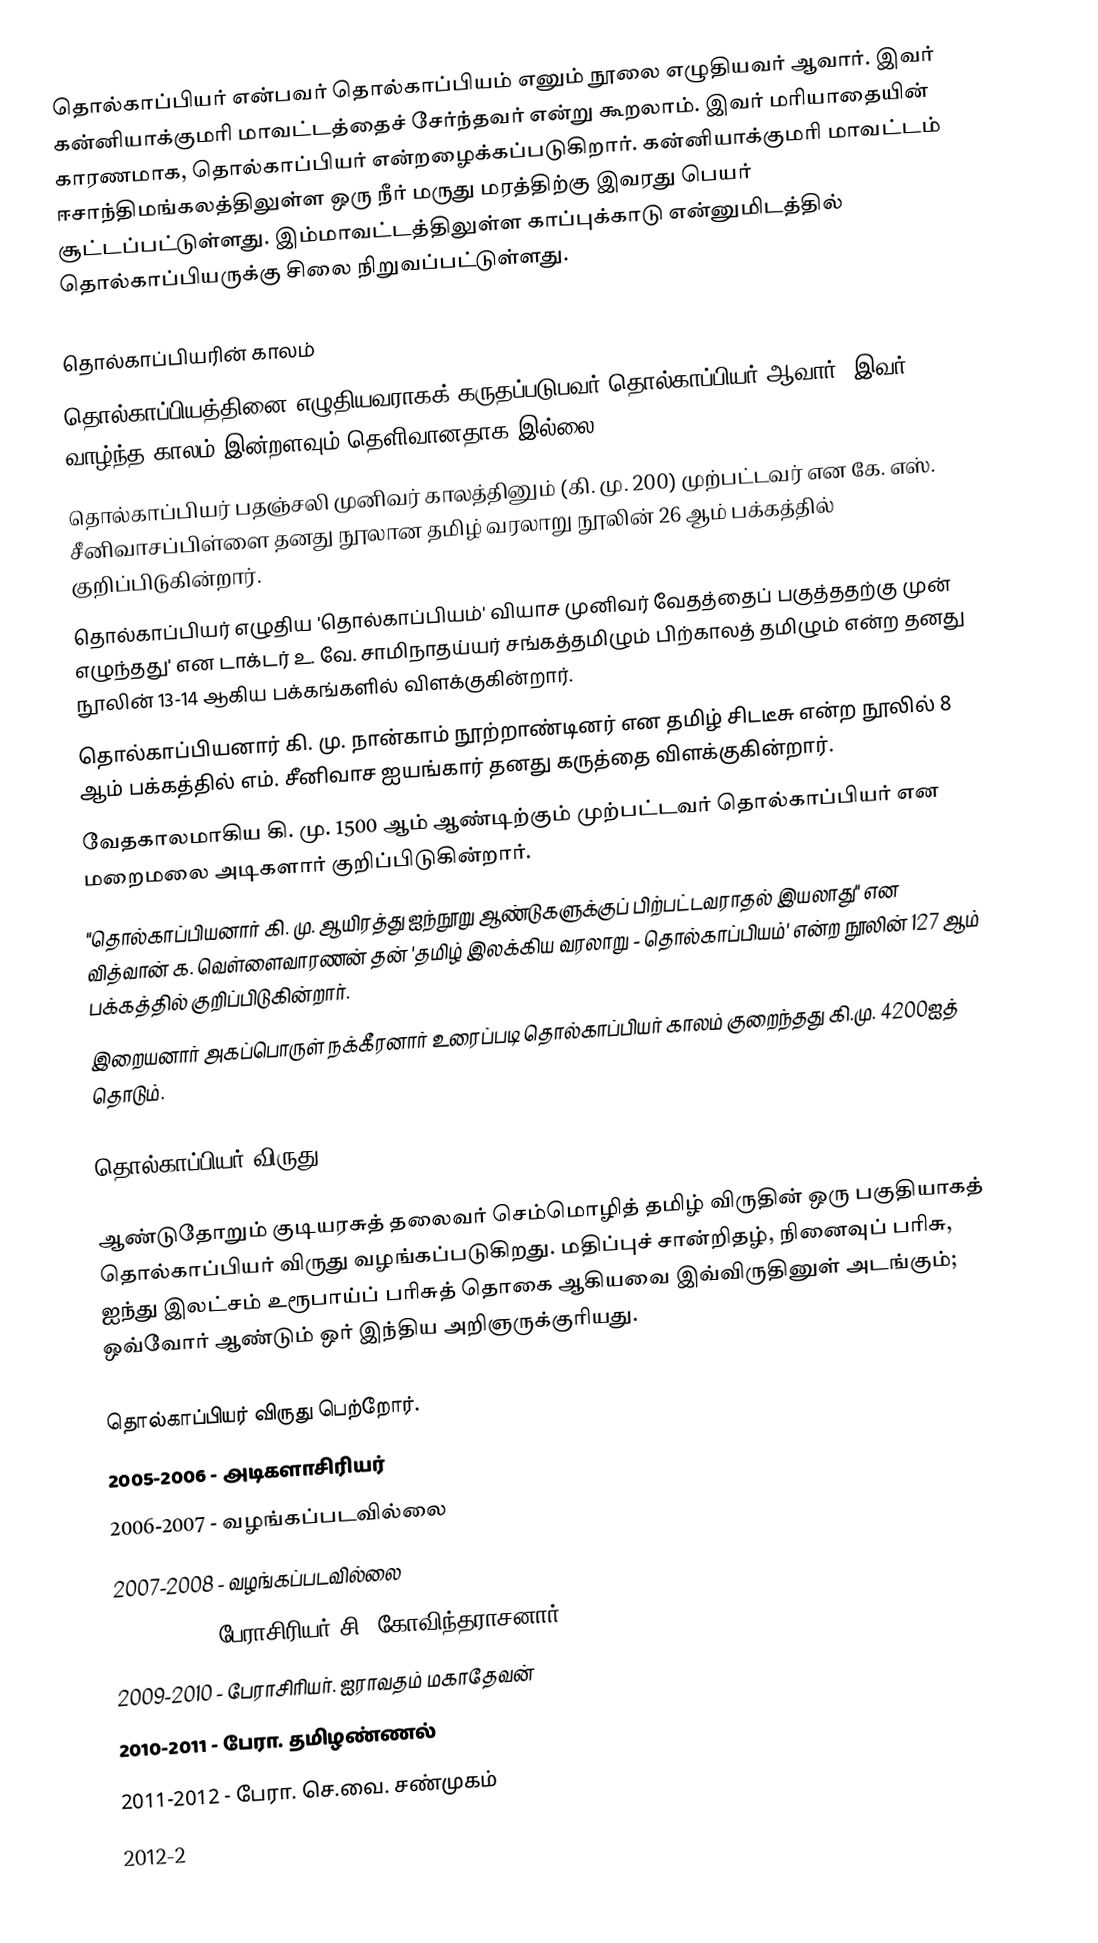
தொல்காப்பியர் என்பவர் தொல்காப்பியம் எனும் நூலை எழுதியவர் ஆவார். இவர் கன்னியாக்குமரி மாவட்டத்தைச் சேர்ந்தவர் என்று கூறலாம். இவர் மரியாதையின் காரணமாக, தொல்காப்பியர் என்றழைக்கப்படுகிறார். கன்னியாக்குமரி மாவட்டம் ஈசாந்திமங்கலத்திலுள்ள ஒரு நீர் மருது மரத்திற்கு இவரது பெயர் சூட்டப்பட்டுள்ளது. இம்மாவட்டத்திலுள்ள காப்புக்காடு என்னுமிடத்தில் தொல்காப்பியருக்கு சிலை நிறுவப்பட்டுள்ளது.

தொல்காப்பியரின் காலம்
தொல்காப்பியத்தினை எழுதியவராகக் கருதப்படுபவர் தொல்காப்பியர் ஆவார். இவர் வாழ்ந்த காலம் இன்றளவும் தெளிவானதாக இல்லை.
 தொல்காப்பியர் பதஞ்சலி முனிவர் காலத்தினும் (கி. மு. 200) முற்பட்டவர் என கே. எஸ். சீனிவாசப்பிள்ளை தனது நூலான தமிழ் வரலாறு நூலின் 26 ஆம் பக்கத்தில் குறிப்பிடுகின்றார்.
 தொல்காப்பியர் எழுதிய 'தொல்காப்பியம்' வியாச முனிவர் வேதத்தைப் பகுத்ததற்கு முன் எழுந்தது' என டாக்டர் உ. வே. சாமிநாதய்யர் சங்கத்தமிழும் பிற்காலத் தமிழும் என்ற தனது நூலின் 13-14 ஆகிய பக்கங்களில் விளக்குகின்றார்.
 தொல்காப்பியனார் கி. மு. நான்காம் நூற்றாண்டினர் என  தமிழ் சிடடீசு என்ற நூலில் 8 ஆம் பக்கத்தில் எம். சீனிவாச ஐயங்கார் தனது கருத்தை விளக்குகின்றார்.
 வேதகாலமாகிய கி. மு. 1500 ஆம் ஆண்டிற்கும் முற்பட்டவர் தொல்காப்பியர் என மறைமலை அடிகளார் குறிப்பிடுகின்றார்.
 "தொல்காப்பியனார் கி. மு. ஆயிரத்து ஐந்நூறு ஆண்டுகளுக்குப் பிற்பட்டவராதல் இயலாது" என வித்வான் க. வெள்ளைவாரணன் தன் 'தமிழ் இலக்கிய வரலாறு -  தொல்காப்பியம்' என்ற நூலின் 127 ஆம் பக்கத்தில் குறிப்பிடுகின்றார்.
 இறையனார் அகப்பொருள் நக்கீரனார் உரைப்படி தொல்காப்பியர் காலம் குறைந்தது கி.மு. 4200ஐத் தொடும்.

தொல்காப்பியர் விருது

ஆண்டுதோறும் குடியரசுத் தலைவர் செம்மொழித் தமிழ் விருதின் ஒரு பகுதியாகத் தொல்காப்பியர் விருது வழங்கப்படுகிறது. மதிப்புச் சான்றிதழ், நினைவுப் பரிசு, ஐந்து இலட்சம் உரூபாய்ப் பரிசுத் தொகை ஆகியவை இவ்விருதினுள் அடங்கும்; ஒவ்வோர் ஆண்டும் ஒர் இந்திய அறிஞருக்குரியது.

தொல்காப்பியர் விருது பெற்றோர்.
 2005-2006 - அடிகளாசிரியர்
 2006-2007 - வழங்கப்படவில்லை
 2007-2008 - வழங்கப்படவில்லை
 2008-2009 - பேராசிரியர் சி. கோவிந்தராசனார்
 2009-2010 - பேராசிரியர். ஐராவதம் மகாதேவன்
 2010-2011 - பேரா. தமிழண்ணல்
 2011-2012 - பேரா. செ.வை. சண்முகம்
 2012-2